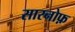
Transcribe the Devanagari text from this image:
सारनोफ़